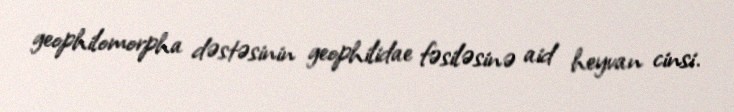
geophilomorpha dəstəsinin geophilidae fəsiləsinə aid heyvan cinsi.